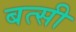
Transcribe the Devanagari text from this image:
बत्सी